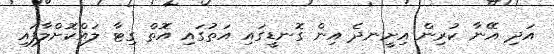
އަދި އޭނާ ކުރިން އިށީނދެ އިން ގޮނޑީގައި އަތުގައި އޮތް ގިޓާ ލައްކޮށްލާފައި